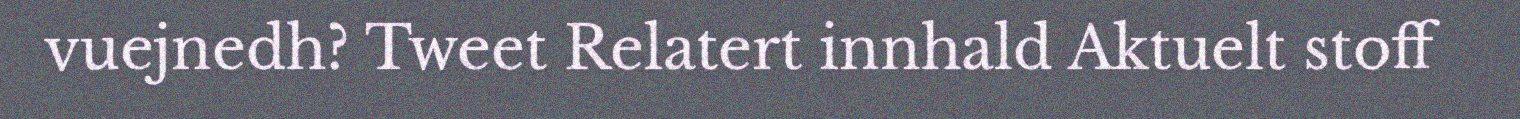
vuejnedh? Tweet Relatert innhald Aktuelt stoff